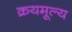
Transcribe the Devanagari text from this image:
क्रयमूल्य